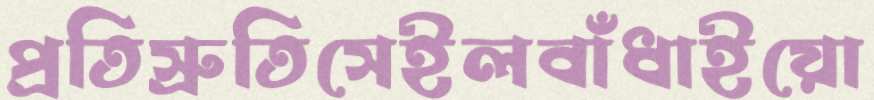
প্রতিস্রুতিসেইলবাঁধাইয়ো